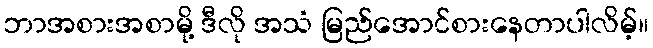
ဘာအစားအစာမို့ ဒီလို အသံ မြည်အောင်စားနေတာပါလိမ့်။